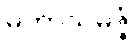
မဟာသမဇ္ဇံ